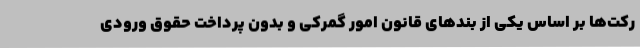
رکت‌ها بر اساس یکی از بندهای قانون امور گمرکی و بدون پرداخت حقوق ورودی